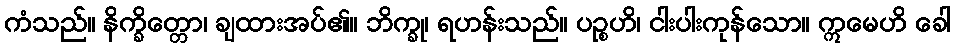
ကံသည်။ နိက္ခိတ္တော၊ ချထားအပ်၏။ ဘိက္ခု၊ ရဟန်းသည်။ ပဉ္စဟိ၊ ငါးပါးကုန်သော။ ဣမေဟိ ခေါ